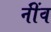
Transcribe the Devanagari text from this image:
नींंव